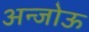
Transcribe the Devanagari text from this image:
अन्जोऊ